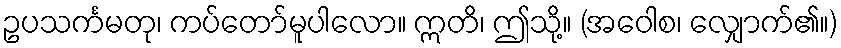
ဥပသင်္ကမတု၊ ကပ်တော်မူပါလော။ ဣတိ၊ ဤသို့။ (အဝေါစ၊ လျှောက်၏။)